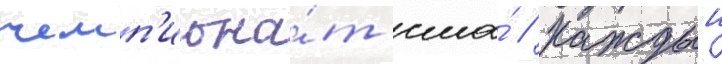
чемп'иона́т сша́ // Каждыи